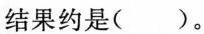
结果约是()。